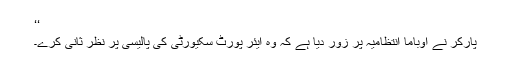
‘‘
پارکر نے اوباما انتظامیہ پر زور دیا ہے کہ وہ ایئر پورٹ سکیورٹی کی پالیسی پر نظر ثانی کرے۔